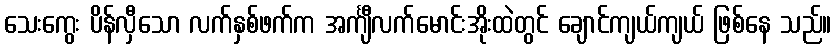
သေးကွေး ပိန်လှီသော လက်နှစ်ဖက်က အင်္ကျီလက်မောင်းအိုးထဲတွင် ချောင်ကျယ်ကျယ် ဖြစ်နေ သည်။